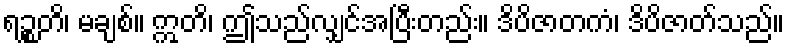
ရဉ္စတိ၊ မချစ်။ ဣတိ၊ ဤသည်လျှင်အပြီးတည်း။ ဒိပိဇာတကံ၊ ဒိပိဇာတ်သည်။